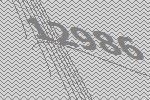
12986